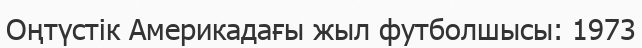
Оңтүстік Америкадағы жыл футболшысы: 1973